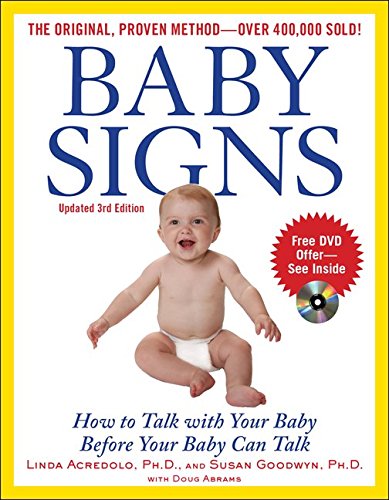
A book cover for Baby Signs: How to Talk with Your Baby Before Your Baby Can Talk, Third Edition; Linda Acredolo; Parenting & Relationships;